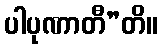
ပါပုဏာတီ”တိ။